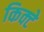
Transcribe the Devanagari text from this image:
किक्टे